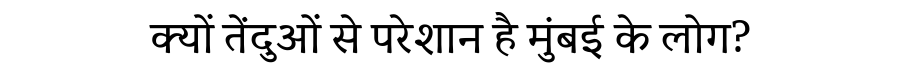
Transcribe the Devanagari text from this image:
क्यों तेंदुओं से परेशान है मुंबई के लोग?